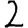
Digit: 2